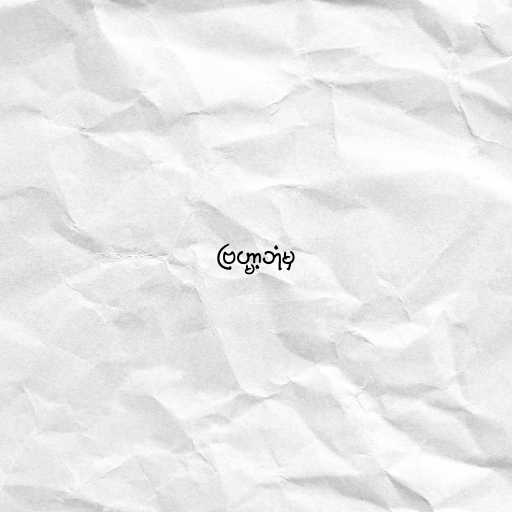
ဗြဟ္မာ့ဘုံမှ